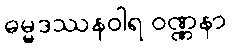
ဓမ္မဒဿနဝါရ ဝဏ္ဏနာ